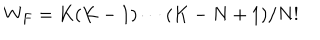
W _ { F } = K ( K - 1 ) \cdots ( K - N + 1 ) / N ! \nonumber